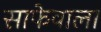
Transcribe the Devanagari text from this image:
साफेवाला